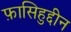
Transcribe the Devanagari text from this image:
फ़ासिहुद्दीन